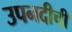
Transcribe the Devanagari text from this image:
उपनदीची